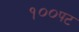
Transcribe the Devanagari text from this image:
१००पट